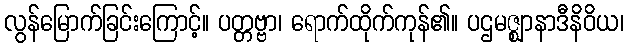
လွန်မြောက်ခြင်းကြောင့်။ ပတ္တဗ္ဗာ၊ ရောက်ထိုက်ကုန်၏။ ပဌမဇ္ဈာနာဒီနိဝိယ၊